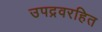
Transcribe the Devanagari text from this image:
उपद्रवरहित